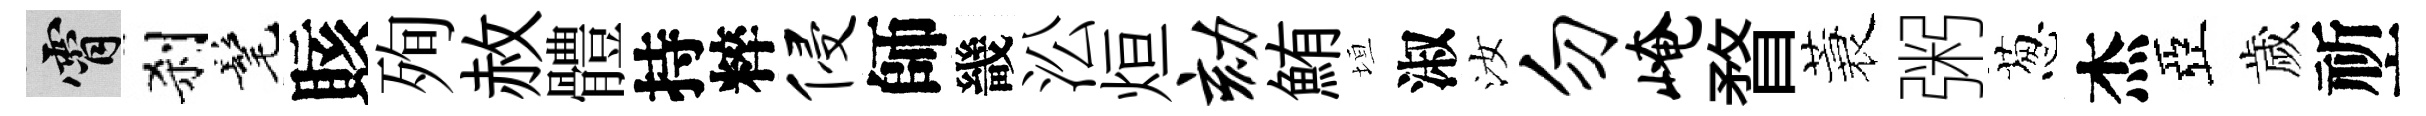
霄刹髦賅殉赦體持粹侵師畿㳂烜劾鮪垣淑汝勿崦瞀蓑粥葱杰亞歲祈